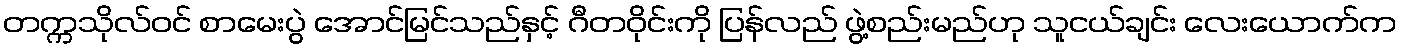
တက္ကသိုလ်ဝင် စာမေးပွဲ အောင်မြင်သည်နှင့် ဂီတဝိုင်းကို ပြန်လည် ဖွဲ့စည်းမည်ဟု သူငယ်ချင်း လေးယောက်က